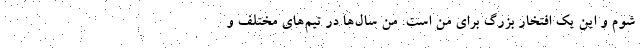
شوم و این یک افتخار بزرگ برای من است. من سال‌ها در تیم‌های مختلف و